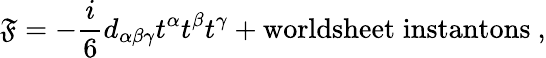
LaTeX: {\cal\mathfrak{F}}=-\frac{{i}}{{6}}d_{\alpha\beta\gamma}t^{\alpha}t^{\beta}t^{\gamma}+\mathrm{{worldsheet\; instantons}}\ ,